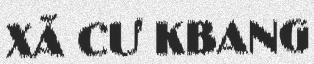
XÃ CƯ KBANG